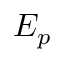
E _ { p }